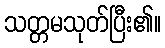
သတ္တမသုတ်ပြီး၏။